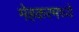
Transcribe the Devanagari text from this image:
मेहकरमध्ये